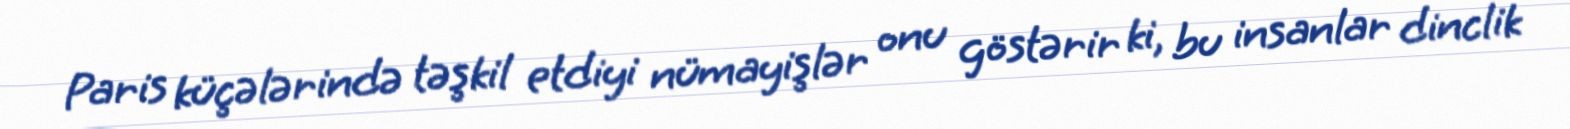
Paris küçələrində təşkil etdiyi nümayişlər onu göstərir ki, bu insanlar dinclik